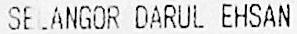
SELANGOR DARUL EHSAN